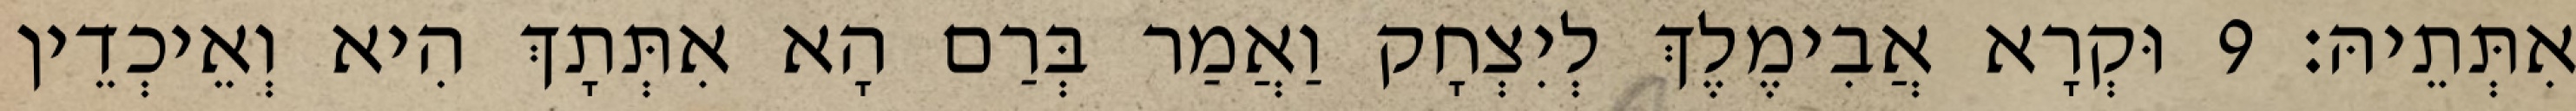
אִתְּתֵיהּ׃ 9 וּקְרָא אֲבִימֶלֶךְ לְיִצְחָק וַאֲמַר בְּרַם הָא אִתְּתָךְ הִיא וְאֵיכְדֵין